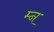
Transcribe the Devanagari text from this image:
म्न